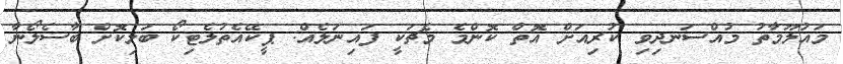
މައުލޫމާތު މުއްސަނދިވި ކުރިއަށް އޮތް ކޮންމެ މެޗަކީ ފައިނަލެއް: ޕީކޭއެތުލެޓިކޯ ބަލިކޮށް ބާސެލޯނާ